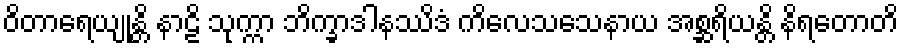
ဝိတာရေယျုန္တိ နာဠိ သုက္ကာ ဘိက္ခာဒါနဿိဒံ ကိလေသသေနာယ အစ္ဆရိယန္တိ နိရတောတိ